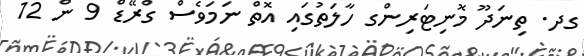
ގދ. ތިނަދޫ މޮނިޓަރިންގ ހާލަތުގައި އޮތް ނަމަވެސް ގްރޭޑް 9 ން 12